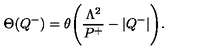
\Theta ( Q ^ { - } ) = \theta \Biggl ( { \frac { \Lambda ^ { 2 } } { P ^ { + } } } - | Q ^ { - } | \Biggr ) .